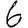
Digit: 6